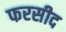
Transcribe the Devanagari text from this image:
फरसीद